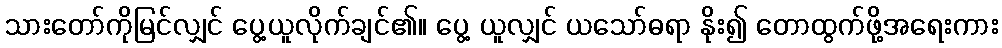
သားတော်ကိုမြင်လျှင် ပွေ့ယူလိုက်ချင်၏။ ပွေ့ ယူလျှင် ယသော်ဓရာ နိုး၍ တောထွက်ဖို့အရေးကား